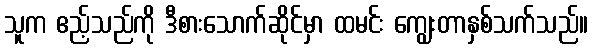
သူက ဧည့်သည်ကို ဒီစားသောက်ဆိုင်မှာ ထမင်း ကျွေးတာနှစ်သက်သည်။